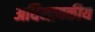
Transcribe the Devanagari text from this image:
अधिनायकीय